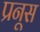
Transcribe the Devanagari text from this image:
प्रनूस